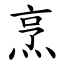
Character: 烹